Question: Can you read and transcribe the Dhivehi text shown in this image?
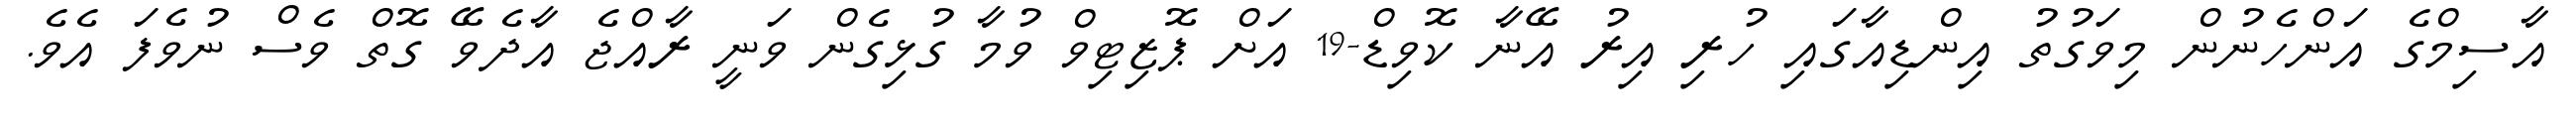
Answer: އާސިމްގެ އަންހެނުން މިވަގުތު އިންޑިއާގައި ހުރި އިރު އޭނާ ކޮވިޑް-19 އަށް ޕޮޒިޓިވް ވުމާ ގުޅިގެން ވަނީ ރާއްޖެ އާދެވޭ ގޮތް ވެސް ނުވެފަ އެވެ.